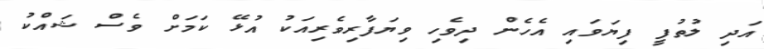
އަދި ލުތުފީ ފިޔަވައި އެހެން ދިވެހި ވިޔަފާރިވެރިއަކު އުޅޭ ކަމަށް ވެސް ޝައްކު